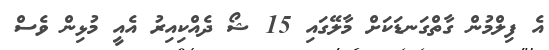
އެ ފިލްމުން ގާތްގަނޑަކަށް މާލޭގައި 15 ޝޯ ދެއްކިއިރު އެއީ މުޅިން ވެސް